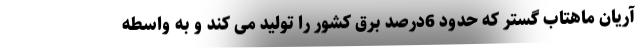
آریان ماهتاب گستر که حدود 6درصد برق کشور را تولید می کند و به واسطه